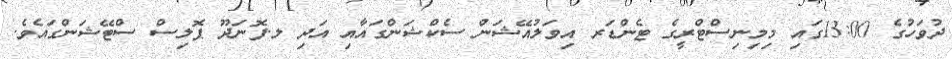
ދުވަހުގެ 13:00ގައި މިމިނިސްޓްރީގެ ޓެންޑަރ އިވަލުއޭޝަން ސެކްޝަންގައާއި އަދި ލ.ފޮނަދޫ ޕޮލިސް ސްޓޭޝަންގައެވެ.